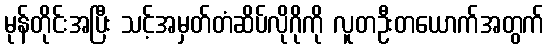
မုန်တိုင်းအပြီး သင့်အမှတ်တံဆိပ်လိုဂိုကို လူတဦးတယောက်အတွက်